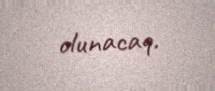
olunacaq.